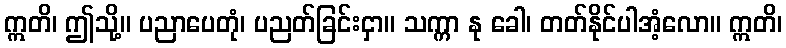
ဣတိ၊ ဤသို့။ ပညာပေတုံ၊ ပညတ်ခြင်းငှာ။ သက္ကာ နု ခေါ၊ တတ်နိုင်ပါအံ့လော။ ဣတိ၊